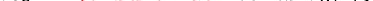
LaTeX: \smash{\lambda_{E}^{}\sim\ensuremath{\mathrm{\ textsl{v}}_{0}}/\gamma_{s}}